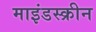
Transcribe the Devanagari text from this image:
माइंडस्क्रीन